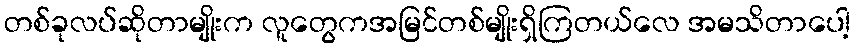
တစ်ခုလပ်ဆိုတာမျိုးက လူတွေကအမြင်တစ်မျိုးရှိကြတယ်လေ အမသိတာပေါ့